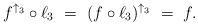
LaTeX: \begin{align*} f^{\uparrow_3}\circ \ell_3\ =\ (f\circ \ell_3)^{\uparrow_3}\ =\ f .\end{align*}